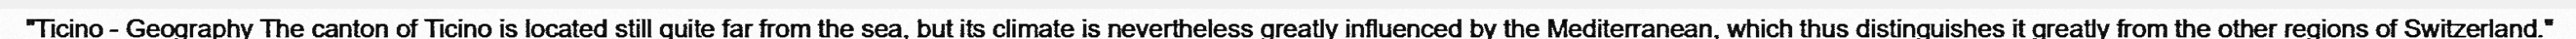
"Ticino - Geography The canton of Ticino is located still quite far from the sea, but its climate is nevertheless greatly influenced by the Mediterranean, which thus distinguishes it greatly from the other regions of Switzerland."